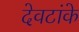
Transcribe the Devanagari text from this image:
देवटांके